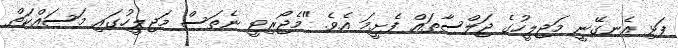
ފަޅި އެނގޭނީ މަޖިލީހުގެ ޖަލްސާތައް ފެށީމަ އެވެ. "މެޖޯރިޓީ ނެތަސް މަޖިލީހުގައި މަސައްކަތް